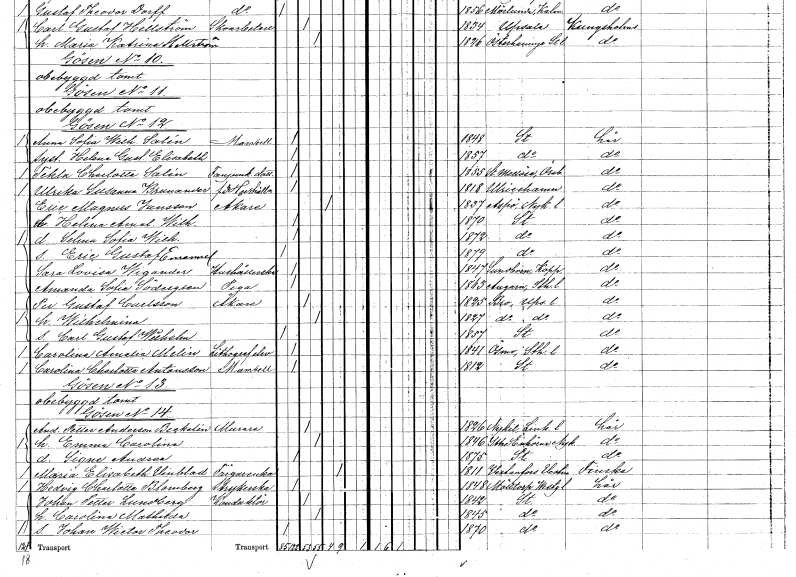
gt_parse: households: individuals: FN: Eric Magnus
EN: Jansson
YRKE: Åkare
KON: M
CIV: E
FODAR: 1837
FODFORS: Aspö Södermanlands län
FN: Helena Amalia Wilhelmina
KON: K
CIV: O
FODAR: 1870
FODFORS: Stockholm
FN: Selma Sofia Wilhelmina
KON: K
CIV: O
FODAR: 1872
FODFORS: Stockholm
FN: Eric Gustaf Emanuel
KON: M
CIV: O
FODAR: 1879
FODFORS: Stockholm
FN: Sara Lovisa
EN: Wigander
YRKE: Hushållerska
KON: K
CIV: O
FODAR: 1847
FODFORS: Sundborn Kopparbergs län
FN: Amanda Sofia
EN: Södergren
YRKE: Piga
KON: K
CIV: O
FODAR: 1863
FODFORS: Angarn Stockholms län
FN: Per Gustaf
EN: Carlsson
YRKE: Åkare
KON: M
CIV: G
FODAR: 1825
FODFORS: Bro Stockholms län
FN: Wilhelmina
KON: K
CIV: G
FODAR: 1827
FODFORS: Bro Stockholms län
FN: Carl Gustaf Wilhelm
KON: M
CIV: O
FODAR: 1857
FODFORS: Stockholm
FN: Carolina Amalia
EN: Melin
YRKE: Litografelev
KON: K
CIV: O
FODAR: 1841
FODFORS: Ösmo Stockholms län
FN: Carolina Charlotta
EN: Antonsson
KON: K
CIV: O
FODAR: 1812
FODFORS: Stockholm
FN: Anders Petter
EN: Anderson Beckelin
YRKE: Murare
KON: M
CIV: G
FODAR: 1826
FODFORS: Nykil Östergötlands län
FN: Emma Carolina
KON: K
CIV: G
FODAR: 1846
FODFORS: Ytterenhörna Stockholms län
FN: Signe Andrea
KON: K
CIV: O
FODAR: 1875
FODFORS: Stockholm
FN: Maria Elisabeth
EN: Vinblad
YRKE: Färgareänka
KON: K
CIV: E
FODAR: 1811
FODFORS: Västanfors Västmanlands län
FN: Hedvig Charlotta
EN: Blomberg
YRKE: Strykerska
KON: K
CIV: O
FODAR: 1848
FODFORS: Mölltorp Skaraborgs län
FN: Johan Petter
EN: Lundberg
YRKE: Konduktör
KON: M
CIV: G
FODAR: 1842
FODFORS: Stockholm
FN: Carolina Mathilda
KON: K
CIV: G
FODAR: 1845
FODFORS: Stockholm
FN: Johan Wictor Theodor
KON: M
CIV: O
FODAR: 1870
FODFORS: Stockholm